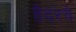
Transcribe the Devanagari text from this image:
हैदरचे